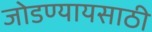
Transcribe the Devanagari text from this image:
जोडण्यायसाठी